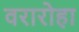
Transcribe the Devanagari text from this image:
वरारोहा